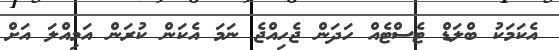
އެކަމަކު ބްލަޑް ޓެސްޓެއް ހަދަން ޖެހިއްޖެ ނަމަ އެކަން ކުރަން އަމިއްލަ އަށް